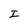
Character: I